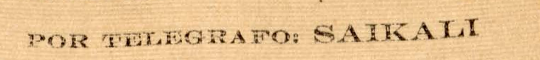
POR TELEGRAFO: SAIKALI